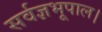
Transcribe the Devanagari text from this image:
सर्वज्ञभूपाल।